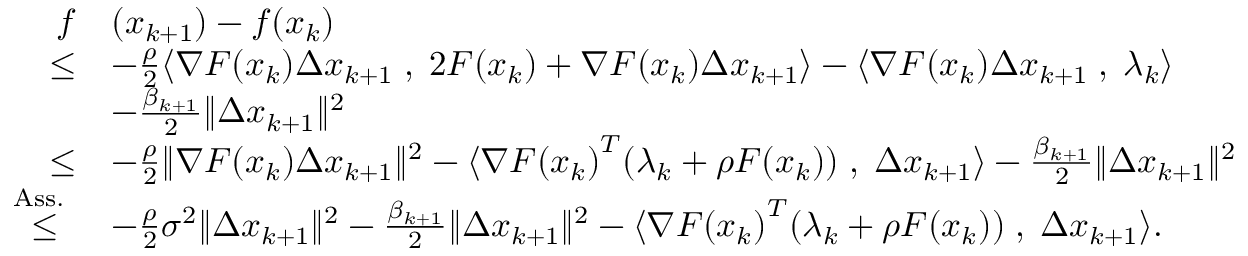
\begin{array} { r l } { f } & { ( x _ { k + 1 } ) - f ( x _ { k } ) } \\ { \leq } & { - \frac { \rho } { 2 } \langle \nabla F ( x _ { k } ) \Delta x _ { k + 1 } \; , \; 2 F ( x _ { k } ) + \nabla F ( x _ { k } ) \Delta x _ { k + 1 } \rangle - \langle \nabla F ( x _ { k } ) \Delta x _ { k + 1 } \; , \; \lambda _ { k } \rangle } \\ & { - \frac { \beta _ { k + 1 } } { 2 } \| \Delta x _ { k + 1 } \| ^ { 2 } } \\ { \leq } & { - \frac { \rho } { 2 } \| \nabla F ( x _ { k } ) \Delta x _ { k + 1 } \| ^ { 2 } - \langle { \nabla F ( x _ { k } ) } ^ { T } ( \lambda _ { k } + \rho F ( x _ { k } ) ) \; , \; \Delta x _ { k + 1 } \rangle - \frac { \beta _ { k + 1 } } { 2 } \| \Delta x _ { k + 1 } \| ^ { 2 } } \\ { { \overset { { \mathrm { A s s . ~ } } } { \leq } } } & { - \frac { \rho } { 2 } \sigma ^ { 2 } \| \Delta x _ { k + 1 } \| ^ { 2 } - \frac { \beta _ { k + 1 } } { 2 } \| \Delta x _ { k + 1 } \| ^ { 2 } - \langle { \nabla F ( x _ { k } ) } ^ { T } ( \lambda _ { k } + \rho F ( x _ { k } ) ) \; , \; \Delta x _ { k + 1 } \rangle . } \end{array}